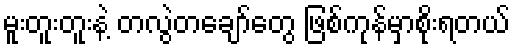
မူးတူးတူးနဲ့ တလွဲတချော်တွေ ဖြစ်ကုန်မှာစိုးရတယ်